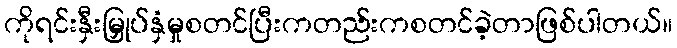
ကိုရင်းနှီးမြှုပ်နှံမှုစတင်ပြီးကတည်းကစတင်ခဲ့တာဖြစ်ပါတယ်။